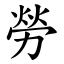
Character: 勞